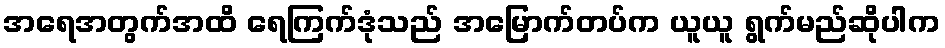
အရေအတွက်အထိ ရေကြက်ဒုံသည် အမြောက်တပ်က ယူယူ ရွက်မည်ဆိုပါက